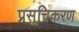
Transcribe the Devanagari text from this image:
प्रसूचिकरण